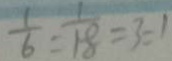
\frac { 1 } { 6 } : \frac { 1 } { 1 8 } = 3 : 1